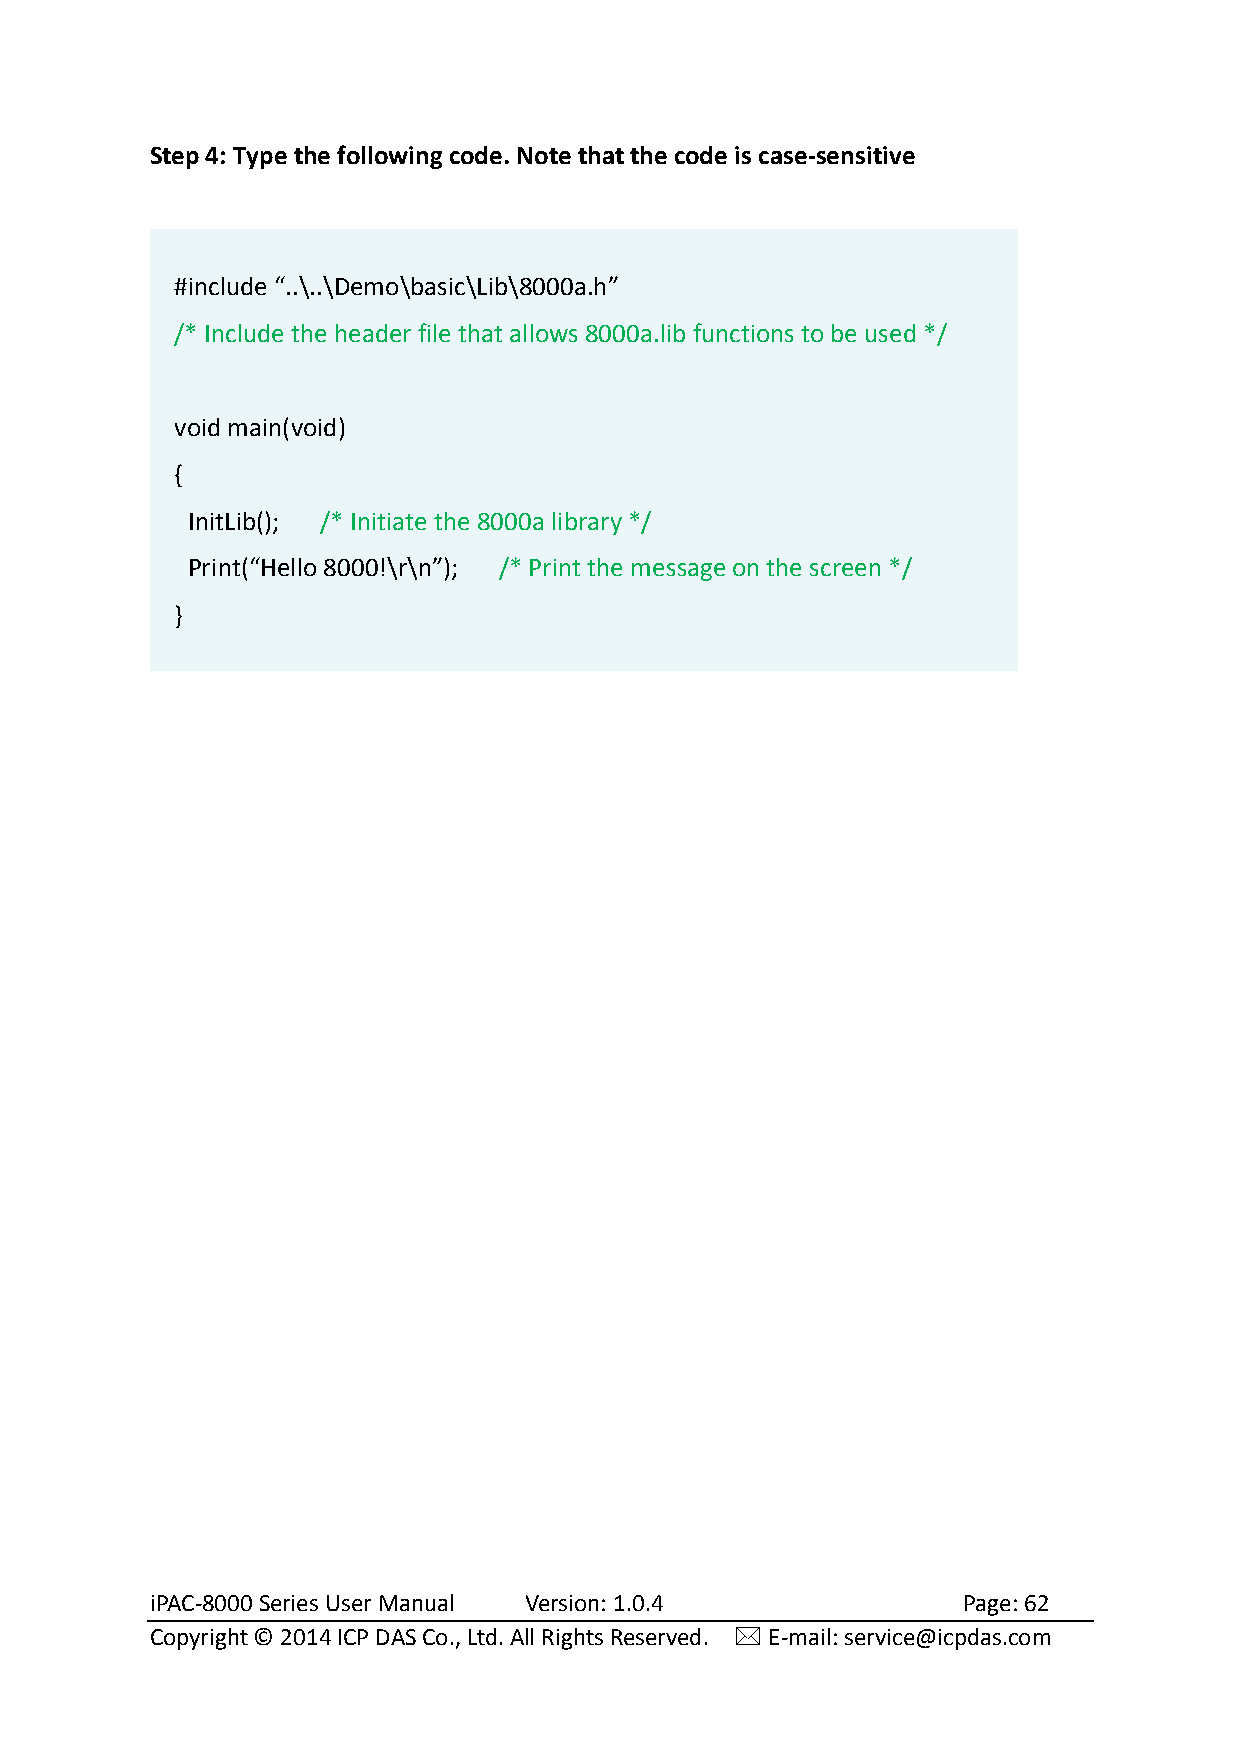
Step 4: Type the following code. Note that the code is case-sensitive
 #include “..\..\Demo\basic\Lib\8000a.h”
 /* Include the header file that allows 8000a.lib functions to be used */
 void main(void)
 {
 InitLib(); /* Initiate the 8000a library */
 Print(“Hello 8000!\r\n”); /* Print the message on the screen */
 }
 iPAC-8000 Series User Manual Version: 1.0.4           Page: 62
 Copyright © 2014 ICP DAS Co., Ltd. All Rights Reserved.  E-mail: service@icpdas.com